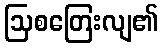
ဩစတြေးလျ၏